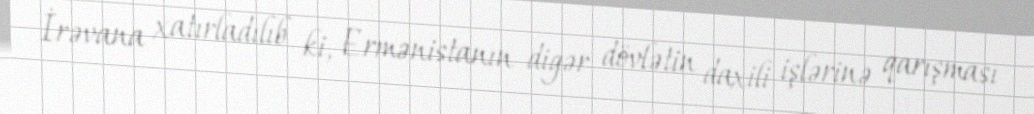
İrəvana xatırladılıb ki, Ermənistanın digər dövlətin daxili işlərinə qarışması